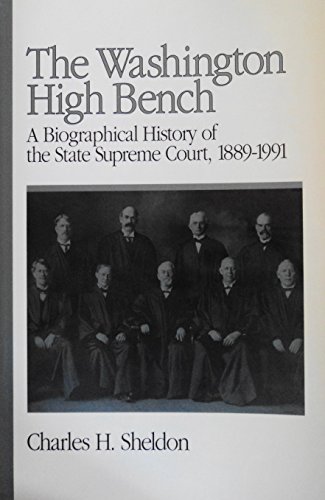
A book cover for The Washington High Bench: A Biographical History of the State Supreme Court, 1889-1991; Charles H. Sheldon; Law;